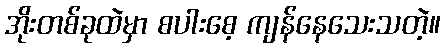
အိုးတစ်ခုထဲမှာ စပါးစေ့ ကျန်နေသေးသတဲ့။